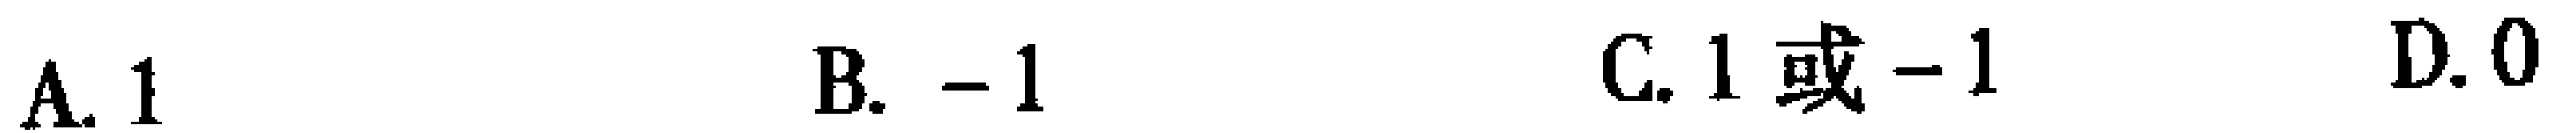
A. \(1\)  B. \(-1\)  C. \(1或 - 1\)  D. \(0\)